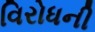
વિરોધની